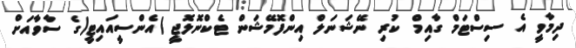
ދިމާވީ އެ ސިސްޓަމް ގާއިމް ކުރި ނޭޝަނަލް އިންފޮމޭޝަން ޓެކްނޮލޮޖީ )އެންސީއައިޓީ(ގެ ސާވާއަށް